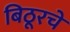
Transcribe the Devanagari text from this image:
बिठूरचे